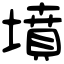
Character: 墳